Scottish Leaving Certificate Examination, 1953
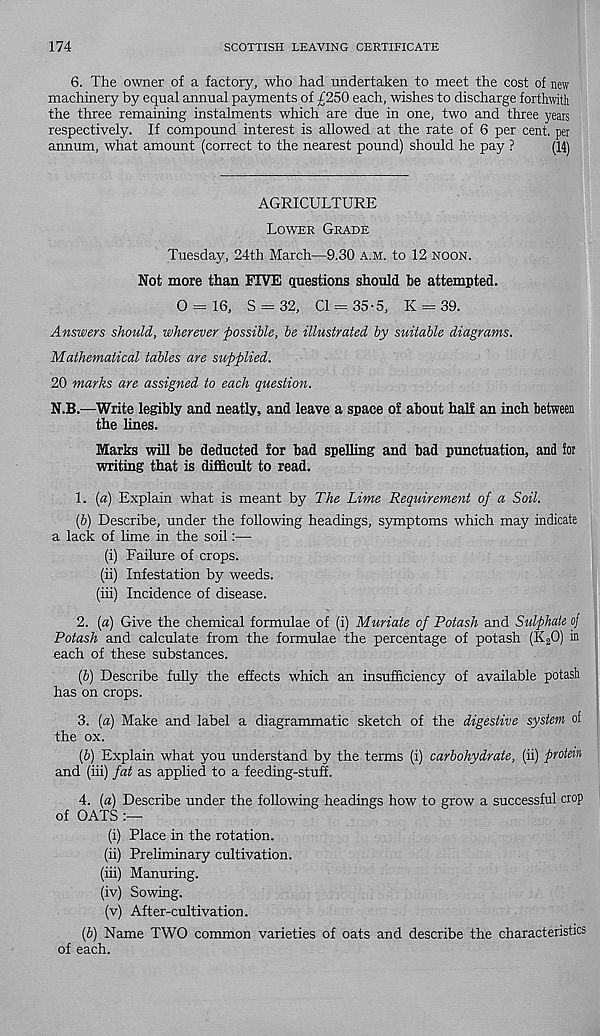
174
SCOTTISH LEAVING CERTIFICATE
6. The owner of a factory, who had undertaken to meet the cost of new
machinery by equal annual payments of £250 each, wishes to discharge forthwith
the three remaining instalments which are due in one, two and three years
respectively. If compound interest is allowed at the rate of 6 per cent, per
annum, what amount (correct to the nearest pound) should he pay ?
(14)
AGRICULTURE
Lower Grade
Tuesday, 24th March—9.30 A.M. to 12 noon.
Not more than FIVE questions should be attempted.
0 = 16, S = 32, Cl = 35-5, K = 39.
Answers should, wherever possible, be illustrated by suitable diagrams.
Mathematical tables are supplied.
20 marks are assigned to each question.
N.B.—Write legibly and neatly, and leave a space of about half an inch between
the lines.
Marks will be deducted for bad spelling and bad punctuation, and for
writing that is difficult to read.
1. [a) Explain what is meant by The Lime Requirement of a Soil.
(b) Describe, under the following headings, symptoms which may indicate
a lack of lime in the soil:—
(i) Failure of crops.
(ii) Infestation by weeds.
(iii) Incidence of disease.
2. [a) Give the chemical formulae of (i) Muriate of Potash and Sulphate oj
Potash and calculate from the formulae the percentage of potash (K 2 0) in
each of these substances.
(6) Describe fully the effects which an insufficiency of available potash
has on crops.
3. («) Make and label a diagrammatic sketch of the digestive system of
the ox.
(6) Explain what you understand by the terms (i) carbohydrate, (ii) protein
and (iii) fat as applied to a feeding-stuff.
4. (a) Describe under the following headings how to grow a successful crop
of OATS
(i) Place in the rotation.
(ii) Preliminary cultivation.
(iii) Manuring.
(iv) Sowing.
(v) After-cultivation.
(6) Name TWO common varieties of oats and describe the characteristics
of each.